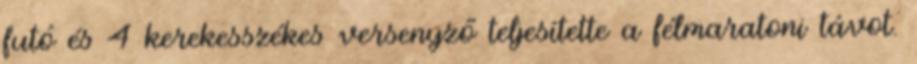
futó és 4 kerekesszékes versenyző teljesítette a félmaratoni távot.